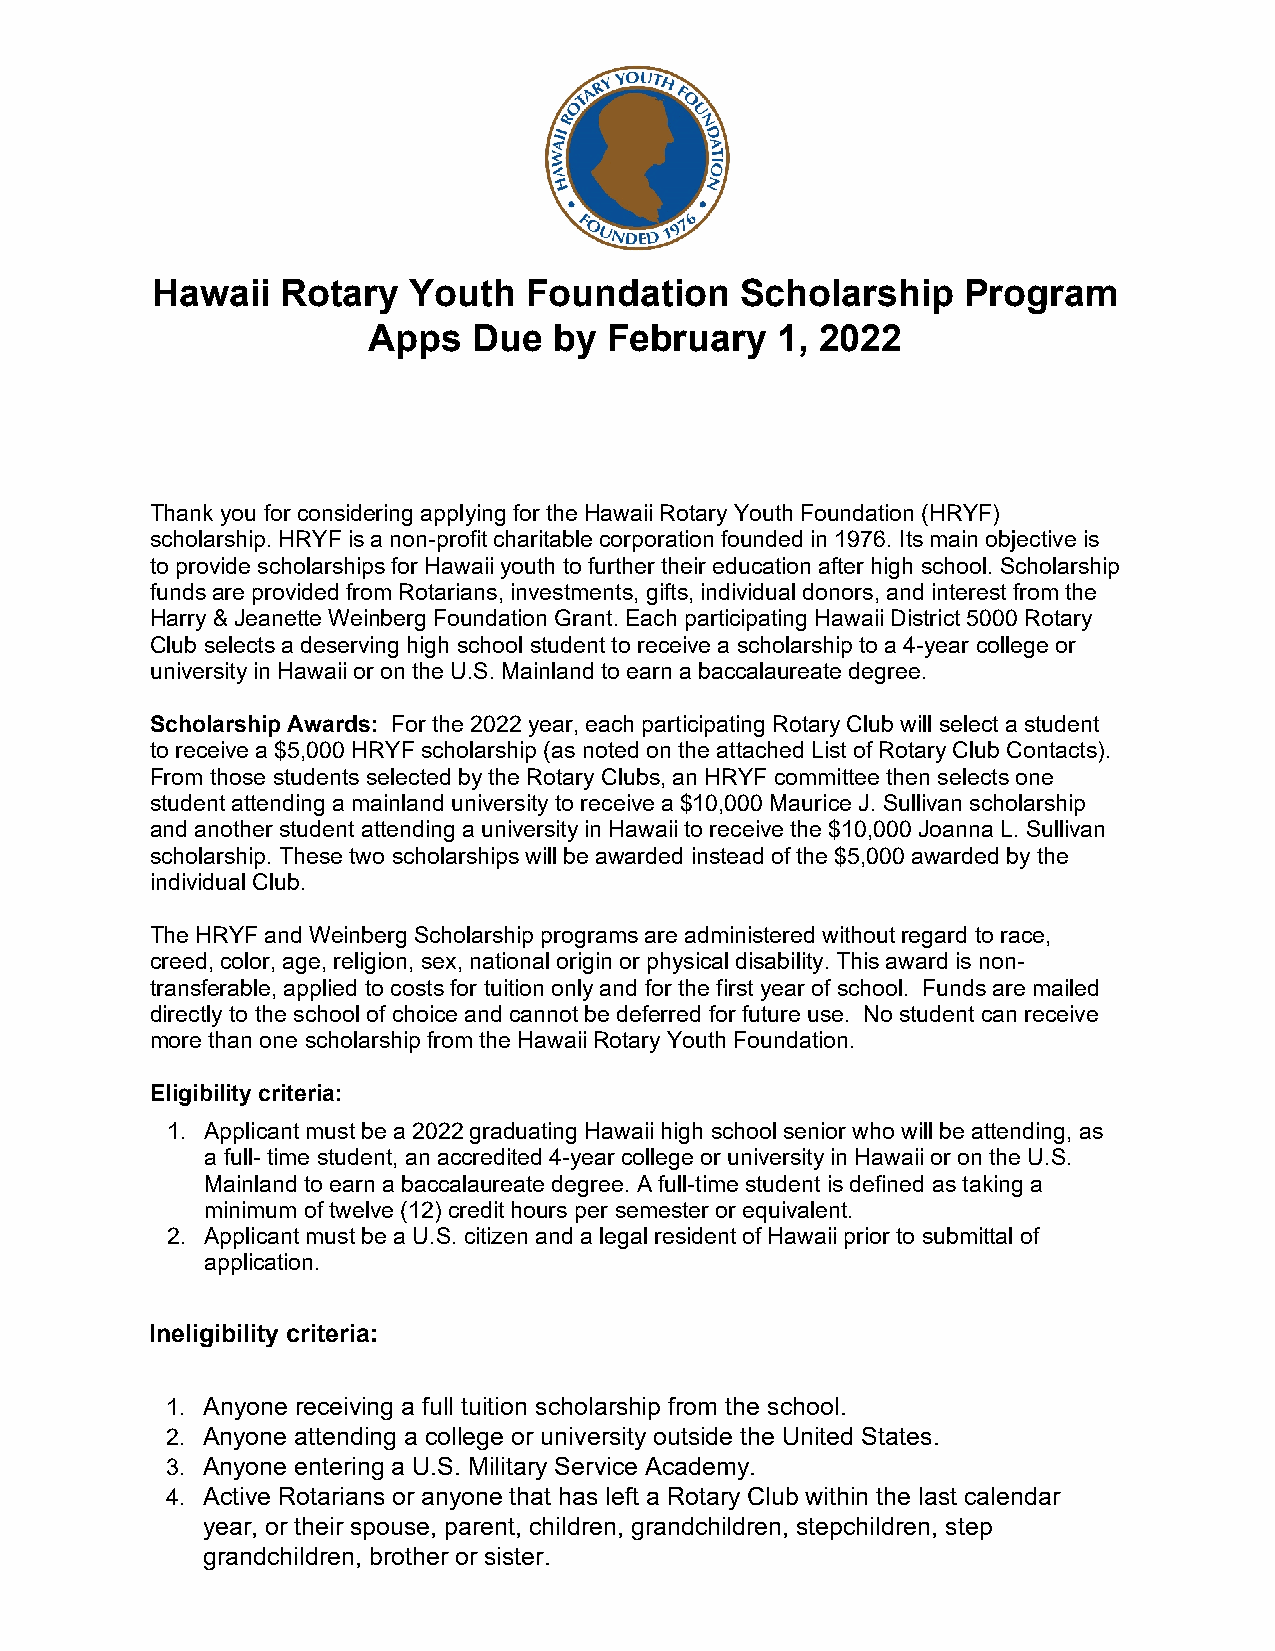
Hawaii   Rotary  Youth   Foundation    Scholarship    Program
 Apps   Due   by February   1, 2022
 Thank you for considering applying for the Hawaii Rotary Youth Foundation (HRYF)
 scholarship. HRYF is a non-profit charitable corporation founded in 1976. Its main objective is
 to provide scholarships for Hawaii youth to further their education after high school. Scholarship
 funds are provided from Rotarians, investments, gifts, individual donors, and interest from the
 Harry & Jeanette Weinberg Foundation Grant. Each participating Hawaii District 5000 Rotary
 Club selects a deserving high school student to receive a scholarship to a 4-year college or
 university in Hawaii or on the U.S. Mainland to earn a baccalaureate degree.
 Scholarship Awards: For the 2022 year, each participating Rotary Club will select a student
 to receive a $5,000 HRYF scholarship (as noted on the attached List of Rotary Club Contacts).
 From those students selected by the Rotary Clubs, an HRYF committee then selects one
 student attending a mainland university to receive a $10,000 Maurice J. Sullivan scholarship
 and another student attending a university in Hawaii to receive the $10,000 Joanna L. Sullivan
 scholarship. These two scholarships will be awarded instead of the $5,000 awarded by the
 individual Club.
 The HRYF and Weinberg Scholarship programs are administered without regard to race,
 creed, color, age, religion, sex, national origin or physical disability. This award is non-
 transferable, applied to costs for tuition only and for the first year of school. Funds are mailed
 directly to the school of choice and cannot be deferred for future use. No student can receive
 more than one scholarship from the Hawaii Rotary Youth Foundation.
 Eligibility criteria:
 1. Applicant must be a 2022 graduating Hawaii high school senior who will be attending, as
 a full- time student, an accredited 4-year college or university in Hawaii or on the U.S.
 Mainland to earn a baccalaureate degree. A full-time student is defined as taking a
 minimum of twelve (12) credit hours per semester or equivalent.
 2. Applicant must be a U.S. citizen and a legal resident of Hawaii prior to submittal of
 application.
 Ineligibility criteria:
 1. Anyone receiving a full tuition scholarship from the school.
 2. Anyone attending a college or university outside the United States.
 3. Anyone entering a U.S. Military Service Academy.
 4. Active Rotarians or anyone that has left a Rotary Club within the last calendar
 year, or their spouse, parent, children, grandchildren, stepchildren, step
 grandchildren, brother or sister.